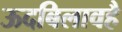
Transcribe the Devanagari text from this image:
ऊदबिलावहै